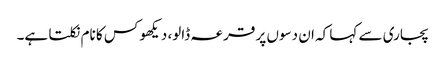
پجاری سے کہا کہ ان دسوں پر قرعہ ڈالو، دیکھو کس کا نام نکلتا ہے۔